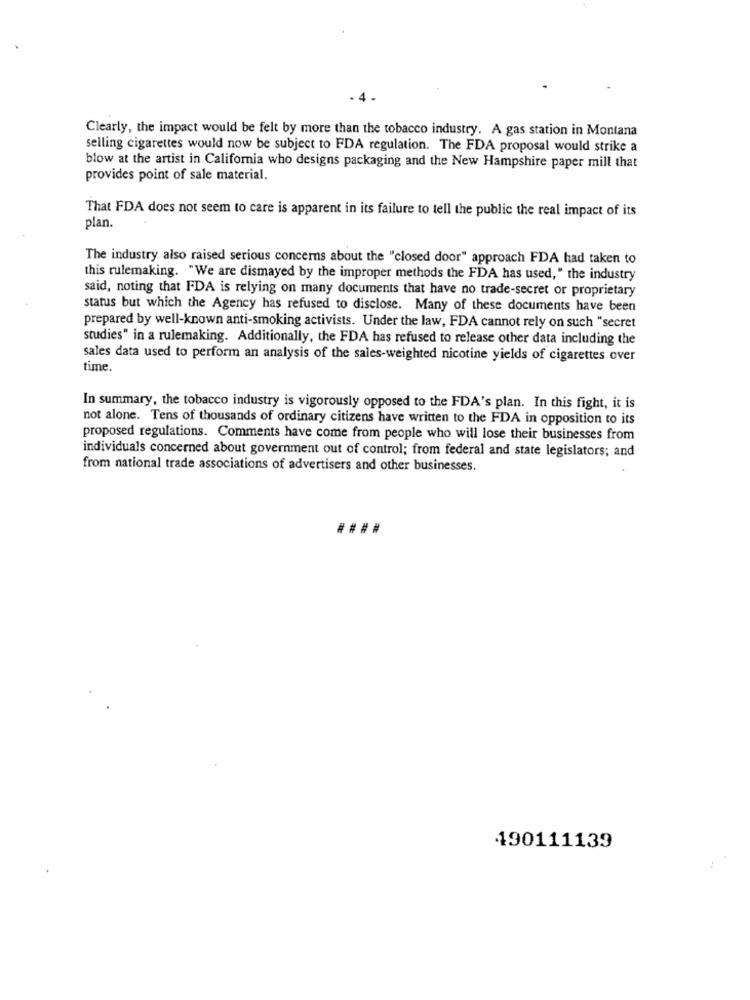
. 4 .
Clearly, the impact would be felt by more than the tobacco industry. A gas station in Montana
selling cigarettes would now be subject to FDA regulation. The FDA proposal would strike a
blow at the artist in California who designs packaging and the New Hampshire paper mill that
provides point of sale material.
That FDA does not seem to care is apparent in its failure to tell the public the real impact of its
plan.
The industry also raised serious concerns about the "closed door" approach FDA had taken to
this rulemaking. "We are dismayed by the improper methods the FDA has used, " the industry
said, noting that FDA is relying on many documents that have no trade-secret or proprietary
status but which the Agency has refused to disclose. Many of these documents have been
prepared by well-known anti-smoking activists. Under the law, FDA cannot rely on such "secret
studies" in a rulemaking. Additionally, the FDA has refused to release other data including the
sales data used to perform an analysis of the sales-weighted nicotine yields of cigarettes over
time.
In summary, the tobacco industry is vigorously opposed to the FDA's plan. In this fight, it is
not alone. Tens of thousands of ordinary citizens have written to the FDA in opposition to its
proposed regulations. Comments have come from people who will lose their businesses from
individuals concerned about government out of control; from federal and state legislators; and
from national trade associations of advertisers and other businesses.
190111139